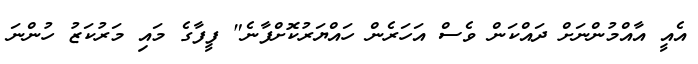
އެއީ އާއްމުންނަށް ދައްކަން ވެސް އަހަރެން ހައްޔަރުކޮށްފާނެ" ފީފާގެ މައި މަރުކަޒު ހުންނަ